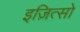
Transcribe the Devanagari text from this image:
इज़ित्सो